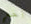
آخر